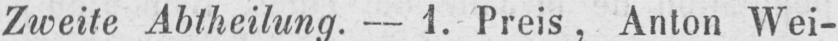
Zweite Abtheilung. - 1. Preis, Anton Wei-